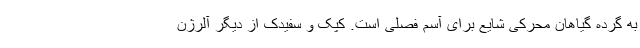
به گرده گیاهان محرکی شایع برای آسم فصلی است. کپک و سفیدک از دیگر آلرژن